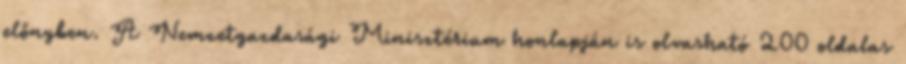
előnyben. A Nemzetgazdasági Minisztérium honlapján is olvasható 200 oldalas